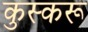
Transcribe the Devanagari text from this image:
कुस्करू